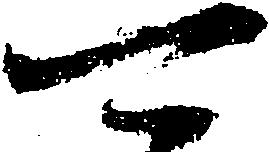
可